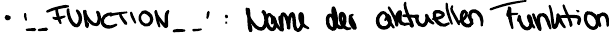
'_ _FUNCTION_ _' : Name der aktuellen Funktion